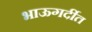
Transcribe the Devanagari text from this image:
भाऊगर्दीत